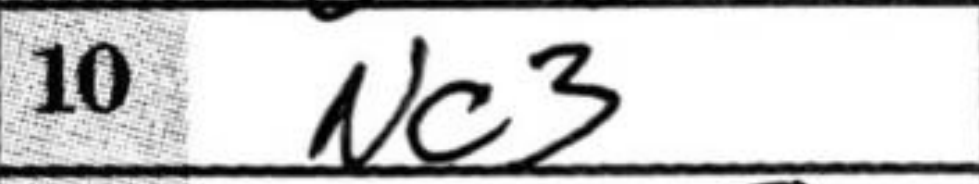
Transcription: Nc3